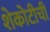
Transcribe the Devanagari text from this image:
शेकोटीची